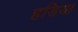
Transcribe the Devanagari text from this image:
हडिया